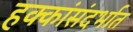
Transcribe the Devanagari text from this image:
हक्कांसंदर्भात